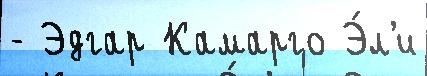
- Эдгар Камарго Э́л'и